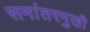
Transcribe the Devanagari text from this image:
समांतरमुखी